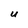
Character: U